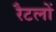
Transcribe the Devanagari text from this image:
रैटलों